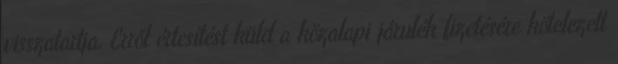
visszatartja. Erről értesítést küld a közalapi járulék fizetésére kötelezett